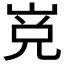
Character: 𱛯